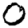
Digit: 0